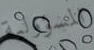
المسؤولية